画像に写った文字を読んでください
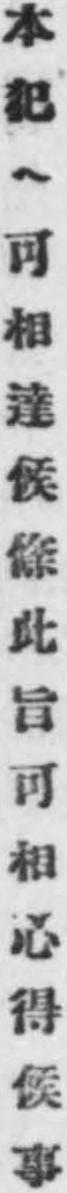
「本犯ヘ可相達候條此旨可相心得候事」と書いてあります